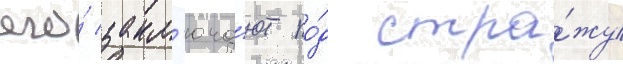
его́ закл'юча́ют по́д стра́жу